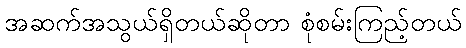
အဆက်အသွယ်ရှိတယ်ဆိုတာ စုံစမ်းကြည့်တယ်